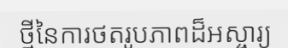
ថ្មីនៃការថតរូបភាពដ៏អស្ចារ្យ